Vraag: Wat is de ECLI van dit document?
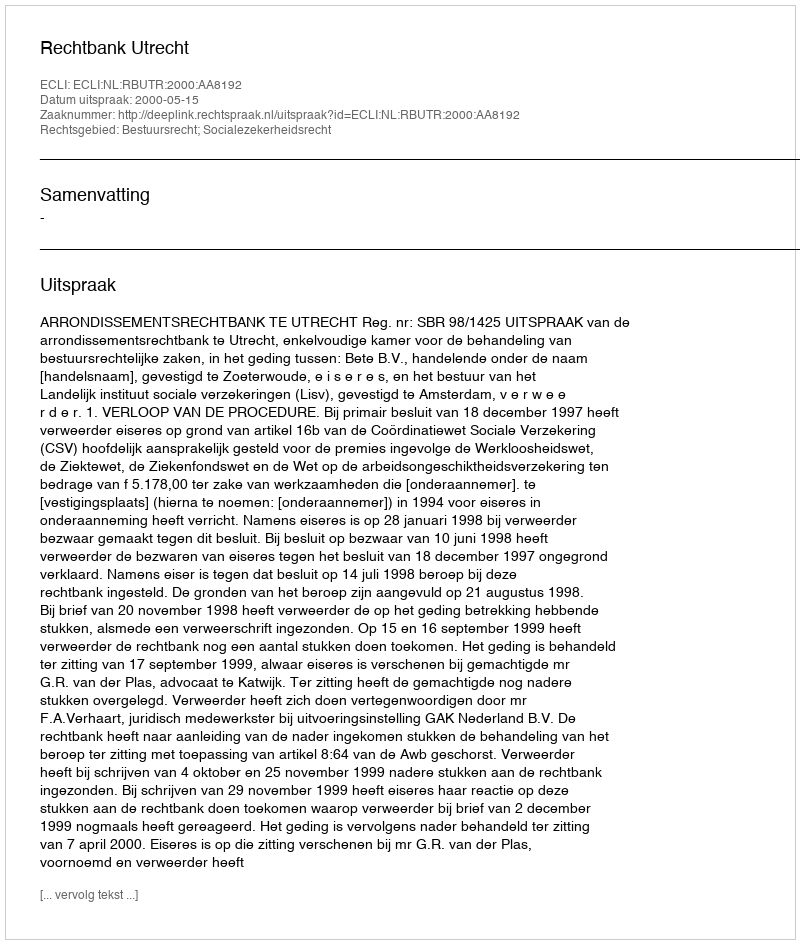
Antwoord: ECLI:NL:RBUTR:2000:AA8192